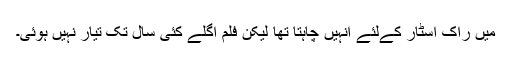
میں راک اسٹار کےلئے انہیں چاہتا تھا لیکن فلم اگلے کئی سال تک تیار نہیں ہوئی۔